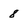
Character: 8